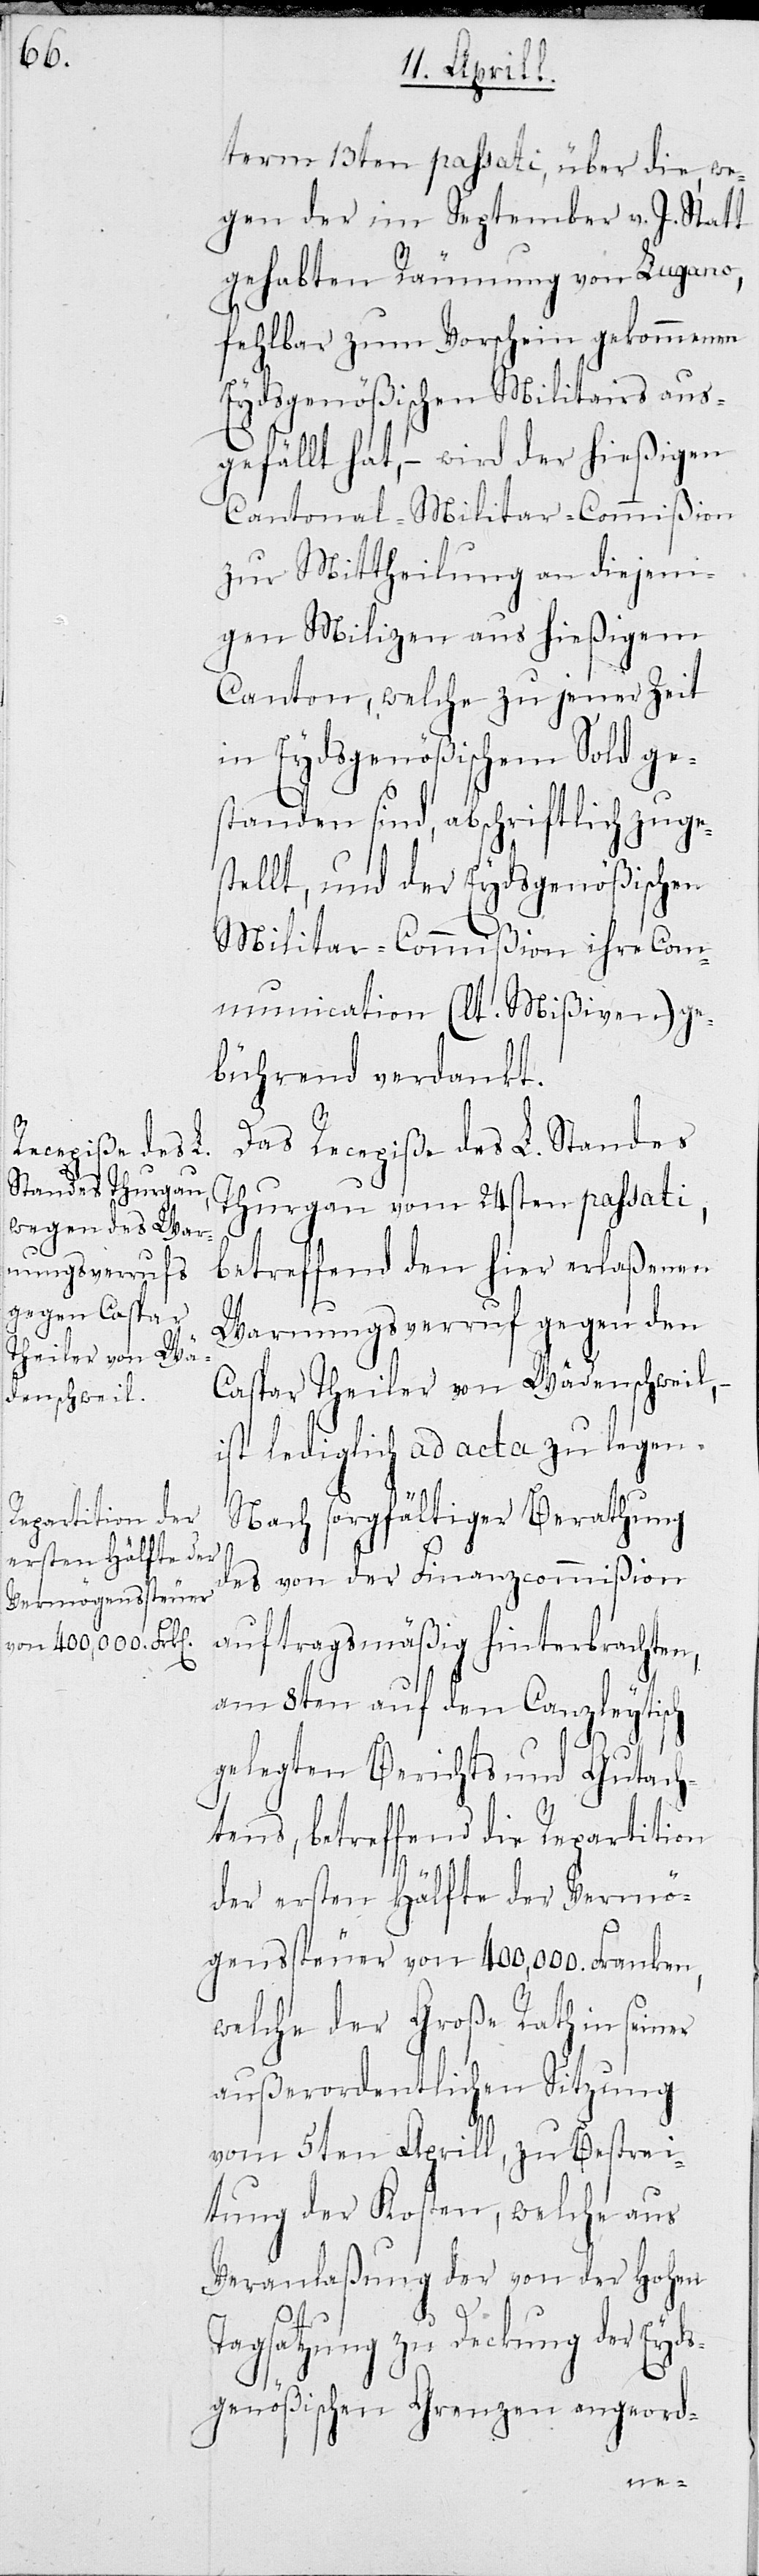
term 13ten passati, über die, we¬
gen der im September v. J. Statt
gehabten Räumung von Lugano,
fehlbar zum Vorschein gekommenen
Eydsgenößischen Militairs aus¬
gefällt hat, – wird der hießigen
Cantonal-Militar-Commißion
zur Mittheilung an diejeni¬
gen Milizen aus hießigem
Canton, welche zu jener Zeit
in Eydsgenößischem Sold ge¬
standen sind, abschriftlich zuge¬
stellt, und der Eydsgenößischen
Militar-Commißion ihre Com¬
munication (lt. Mißiven) ge¬
bührend verdankt.
Das Recepiße des L. Standes
Thurgau vom 24sten passati,
betreffend den hier erlaßenen
Warnungsverruf gegen den
Caspar Theiler von Wädenschweil, –
ist lediglich ad acta zu legen.
Nach sorgfältiger Berathung
des von der Finanzcommißion
auftragsmäßig hinterbrachten,
am 8ten auf den Canzleytisch
gelegten Berichts und Gutach¬
tens, betreffend die Repartition
der ersten Hälfte der Vermö¬
genssteuer von 400,000. Franken,
welche der Große Rath in seiner
außerordentlichen Sitzung
vom 5ten Aprill, zur Bestrei¬
tung der Kosten, welche aus
Veranlaßung der von der Hohen
Tagsatzung zu Deckung der Eyd¬
sgenößischen Grenzen angeord-